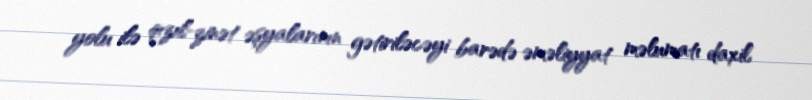
yolu ilə qızıl-zinət əşyalarının gətiriləcəyi barədə əməliyyat məlumatı daxil